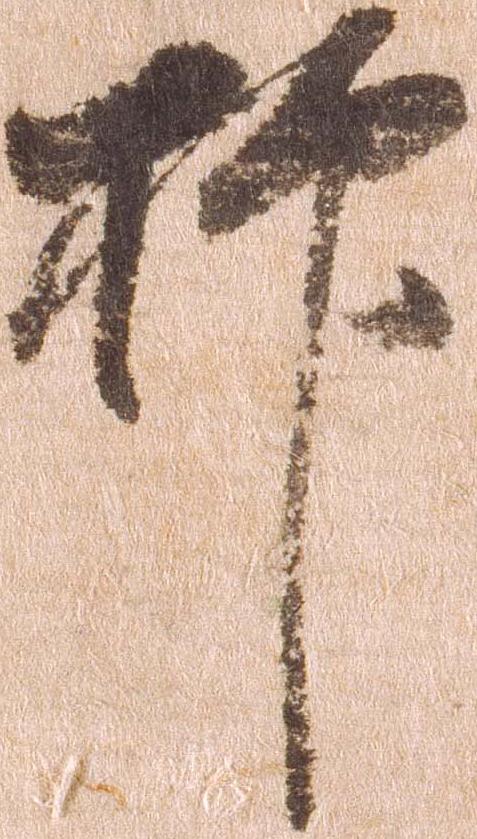
抑